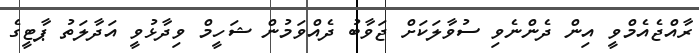
ރާއްޖެއެމްވީ އިން ދެންނެވި ސުވާލަކަށް ޖަވާބު ދެއްވަމުން ޝަހީމް ވިދާޅުވީ އަދާލަތު ޕާޓީގެ